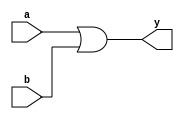
// 2-input OR gate used in my programable-8-bit-microprocessor

module or2_gate(
    input       a, b,     // 2-Input
    output      y);       // Output

    // GATE PRIMITIVE
    or (y, a, b);

endmodule

module or2_dataflow(
    input       a, b,     // 2-Input
    output      y);       // Output

    // CONTINUOUS ASSIGNMENT STATEMENT
    assign y = a | b;

endmodule

module or2_behavioral(
    input       a, b,     // 2-Input
    output reg  y);       // Output

    // ALWAYS BLOCK with NON-BLOCKING PROCEDURAL ASSIGNMENT STATEMENT
    always @(a or b) begin
        y <= a | b;
    end

endmodule